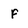
Character: f